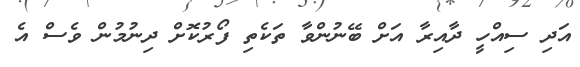
އަދި ސިއްހީ ދާއިރާ އަށް ބޭނުންވާ ތަކެތި ފޯރުކޮށް ދިނުމުން ވެސް އެ